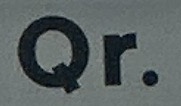
Qr.